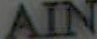
AIN